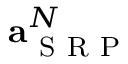
\mathbf { a } _ { \mathrm { ~ S ~ R ~ P ~ } } ^ { N }